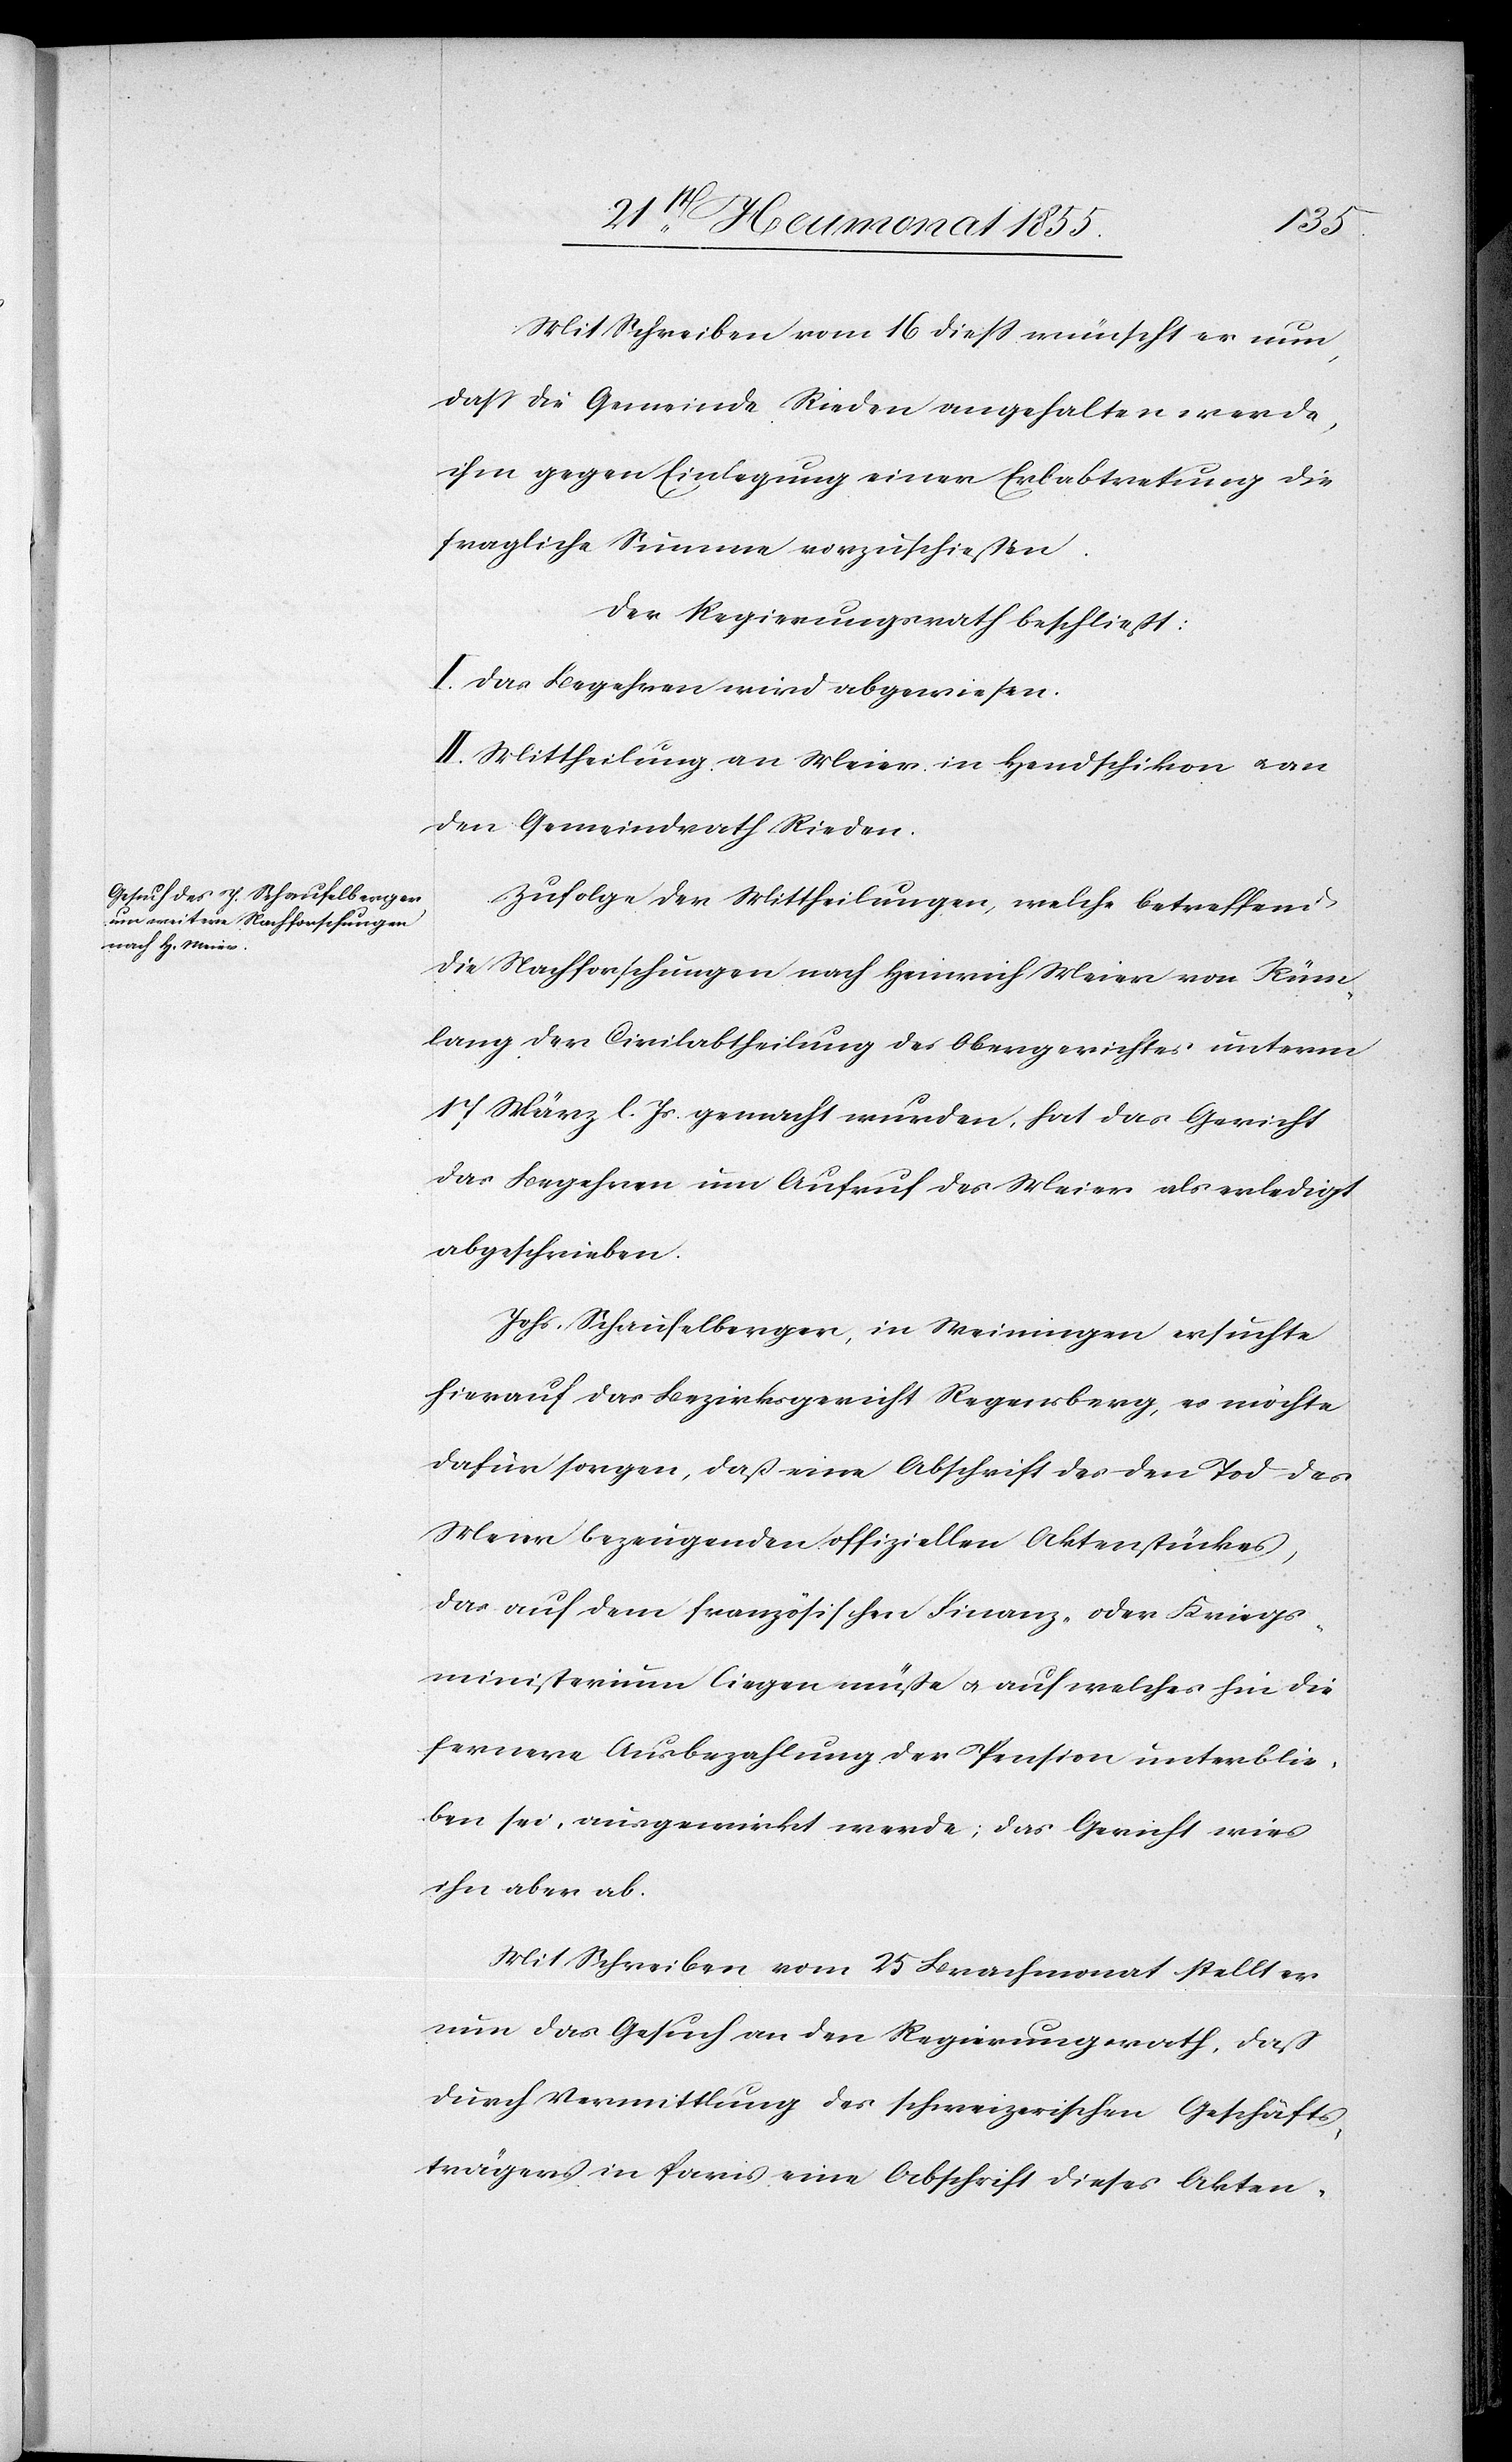
Mit Schreiben vom 16 diess wünscht er nun,
dass die Gemeinde Rieden angehalten werde,
ihm gegen Einlegung einer Erbabtretung die
fragliche Summe vorzuschiessen.
Der Regierungsrath beschließt:
I. Das Begehren wird abgewiesen.
II. Mittheilung an Meier in Hendschikon & an
den Gemeindrath Rieden.
Zufolge der Mittheilungen, welche betreffend
die Nachforschungen nach Heinrich Meier von Rüm¬
lang der Civilabtheilung des Obergerichtes unterm
17 März l. Js. gemacht wurden, hat das Gericht
das Begehren um Aufruf des Meier als erledigt
abgeschrieben.
Johs. Schaufelberger, in Weiningen ersuchte
hierauf das Bezirksgericht Regensberg, es möchte
dafür sorgen, daß eine Abschrift des den Tod des
Meier bezeugenden offiziellen Aktenstückes,
das auf dem französischen Finanz- oder Kriegs¬
ministerium liegen müße & auf welches hin die
fernere Ausbezahlung der Pension unterblie¬
ben sei, ausgewirkt werde; das Gericht wies
ihn aber ab.
Mit Schreiben vom 25 Brachmonat stellt er
nun das Gesuch an den Regierungsrath, dass
durch Vermittlung des schweizerischen Geschäfts¬
trägers in Paris eine Abschrift dieses Akten-